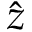
\hat { z }